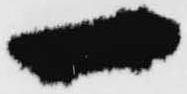
一